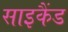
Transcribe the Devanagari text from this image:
साइकैंड